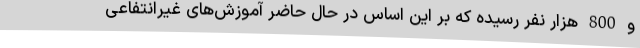
و 800 هزار نفر رسیده که بر این اساس در حال حاضر آموزش‌های غیرانتفاعی